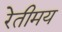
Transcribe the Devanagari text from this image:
रेतीमय